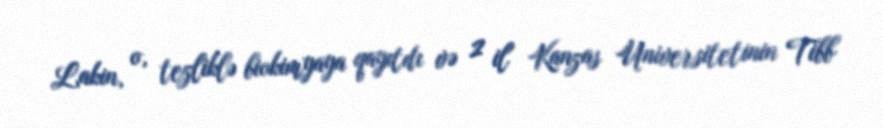
Lakin, o, tezliklə biokimyaya qayıtdı və 2 il Kanzas Universitetinin Tibb